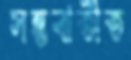
সম্ভবাতীত